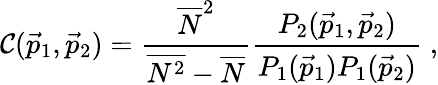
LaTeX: \mathcal{C}({\vec{{p}}}_{1},{\vec{{p}}}_{2})=\frac{{\overline{{{{N}}}}^{2}}}{{\overline{{{{N^{2}}}}}-\overline{{{{N}}}}}}\frac{{P_{2}({\vec{{p}}}_{1},{\vec{{p}}}_{2})}}{{P_{1}({\vec{{p}}}_{1})P_{1}({\vec{{p}}}_{2})}}\; ,